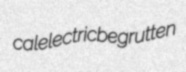
calelectric begrutten